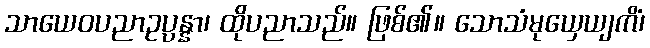
သာယေဝပညာဥပ္ပန္နာ၊ ထိုပညာသည်။ ဖြစ်၏။ သောသံမုယှေယျကိံ၊